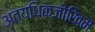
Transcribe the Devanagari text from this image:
अत्यधिकजोखिम